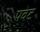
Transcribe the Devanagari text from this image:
पवेट